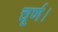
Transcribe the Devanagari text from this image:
चूर्ण।